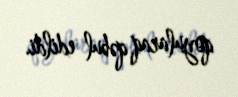
qoyularaq qəbul edildi.